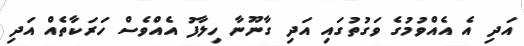
އަދި އެ އެއްވުމުގެ ވަގުތުގައި އަދި ގާނޫނާ ހިލާފު އެއްވެސް ހަރަކާތެއް އަދި